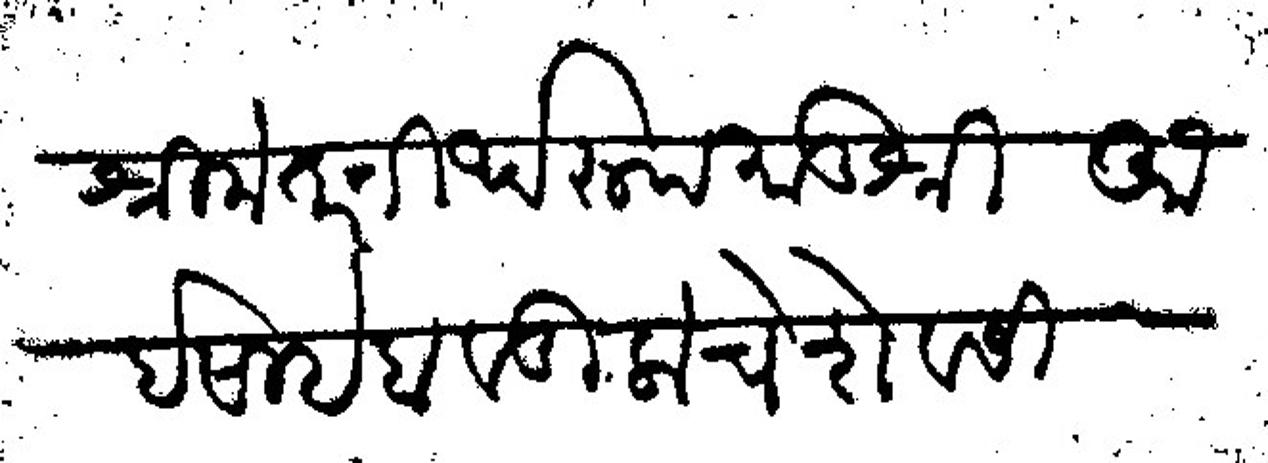
Transliteration (Devanagari): श्रीमंत तीर्थरूप मातुश्री आईसाहेब वडिलाचे शेवेसी